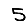
Digit: 5